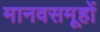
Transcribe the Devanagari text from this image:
मानवसमूहों